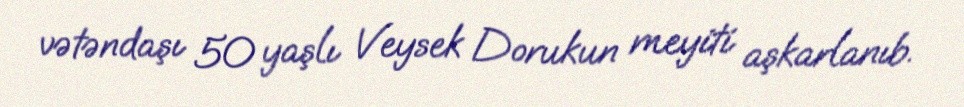
vətəndaşı 50 yaşlı Veysek Dorukun meyiti aşkarlanıb.